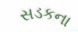
સડકના